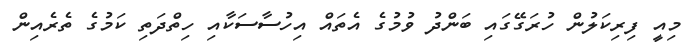
މިއީ ފިރިކަލުން ހުރަގޭގައި ބަންދު ވުމުގެ އެތައް އިހުސާސަކާއި ހިތްދަތި ކަމުގެ ތެރެއިން